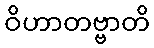
ဝိဟာတဗ္ဗာတိ